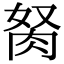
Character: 胬